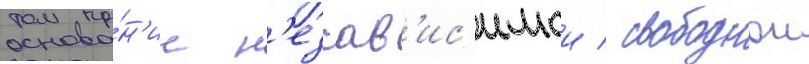
основа́н'ие н'езав'ис'имои / свободнои